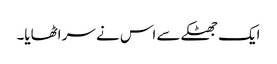
ایک جھٹکے سے اس نے سر اٹھایا۔